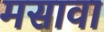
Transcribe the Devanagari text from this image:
मसावा